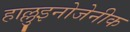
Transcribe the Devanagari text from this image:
हाल्लुइनोजेनीक